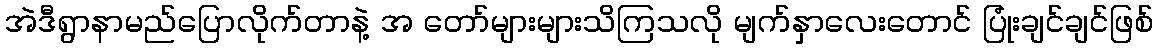
အဲဒီရွာနာမည်ပြောလိုက်တာနဲ့ အ တော်များများသိကြသလို မျက်နှာလေးတောင် ပြုံးချင်ချင်ဖြစ်